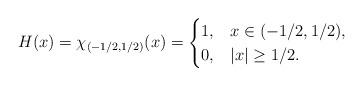
LaTeX: \begin{align*}H(x)=\chi_{(-1/2,1/2)}(x)=\begin{cases}1,&x\in(-1/2,1/2),\\0, &|x|\geq 1/2.\end{cases}\end{align*}